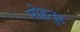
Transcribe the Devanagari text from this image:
मोहनुर